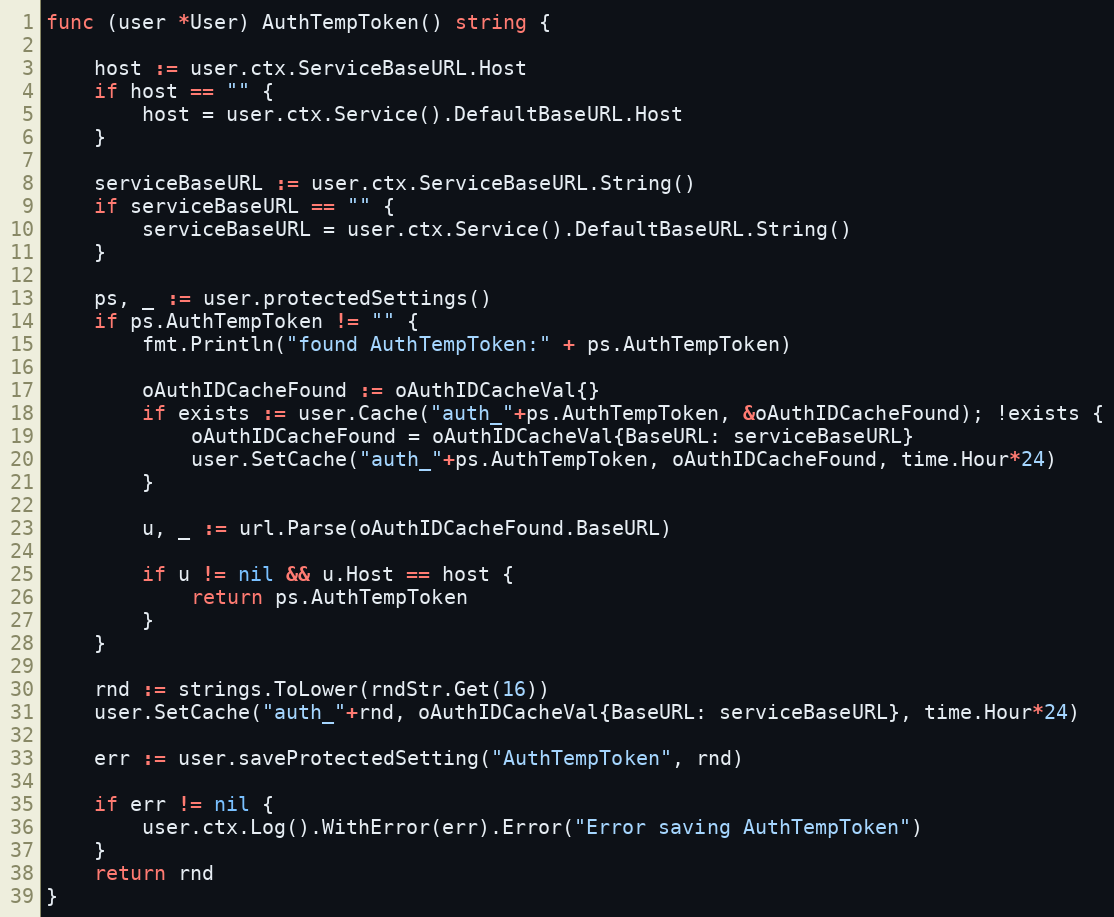
Language: Go
func (user *User) AuthTempToken() string {

	host := user.ctx.ServiceBaseURL.Host
	if host == "" {
		host = user.ctx.Service().DefaultBaseURL.Host
	}

	serviceBaseURL := user.ctx.ServiceBaseURL.String()
	if serviceBaseURL == "" {
		serviceBaseURL = user.ctx.Service().DefaultBaseURL.String()
	}

	ps, _ := user.protectedSettings()
	if ps.AuthTempToken != "" {
		fmt.Println("found AuthTempToken:" + ps.AuthTempToken)

		oAuthIDCacheFound := oAuthIDCacheVal{}
		if exists := user.Cache("auth_"+ps.AuthTempToken, &oAuthIDCacheFound); !exists {
			oAuthIDCacheFound = oAuthIDCacheVal{BaseURL: serviceBaseURL}
			user.SetCache("auth_"+ps.AuthTempToken, oAuthIDCacheFound, time.Hour*24)
		}

		u, _ := url.Parse(oAuthIDCacheFound.BaseURL)

		if u != nil && u.Host == host {
			return ps.AuthTempToken
		}
	}

	rnd := strings.ToLower(rndStr.Get(16))
	user.SetCache("auth_"+rnd, oAuthIDCacheVal{BaseURL: serviceBaseURL}, time.Hour*24)

	err := user.saveProtectedSetting("AuthTempToken", rnd)

	if err != nil {
		user.ctx.Log().WithError(err).Error("Error saving AuthTempToken")
	}
	return rnd
}